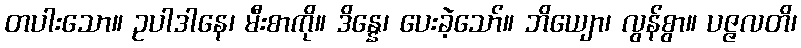
တပါးသော။ ဥပါဒါနေ၊ မီးစာကို။ ဒိန္နေ၊ ပေးခဲ့သော်။ ဘိယျော၊ လွန်စွာ။ ပဇ္ဇလတိ၊